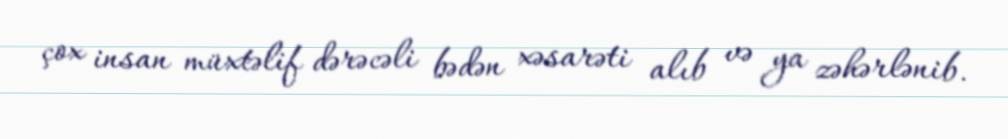
çox insan müxtəlif dərəcəli bədən xəsarəti alıb və ya zəhərlənib.